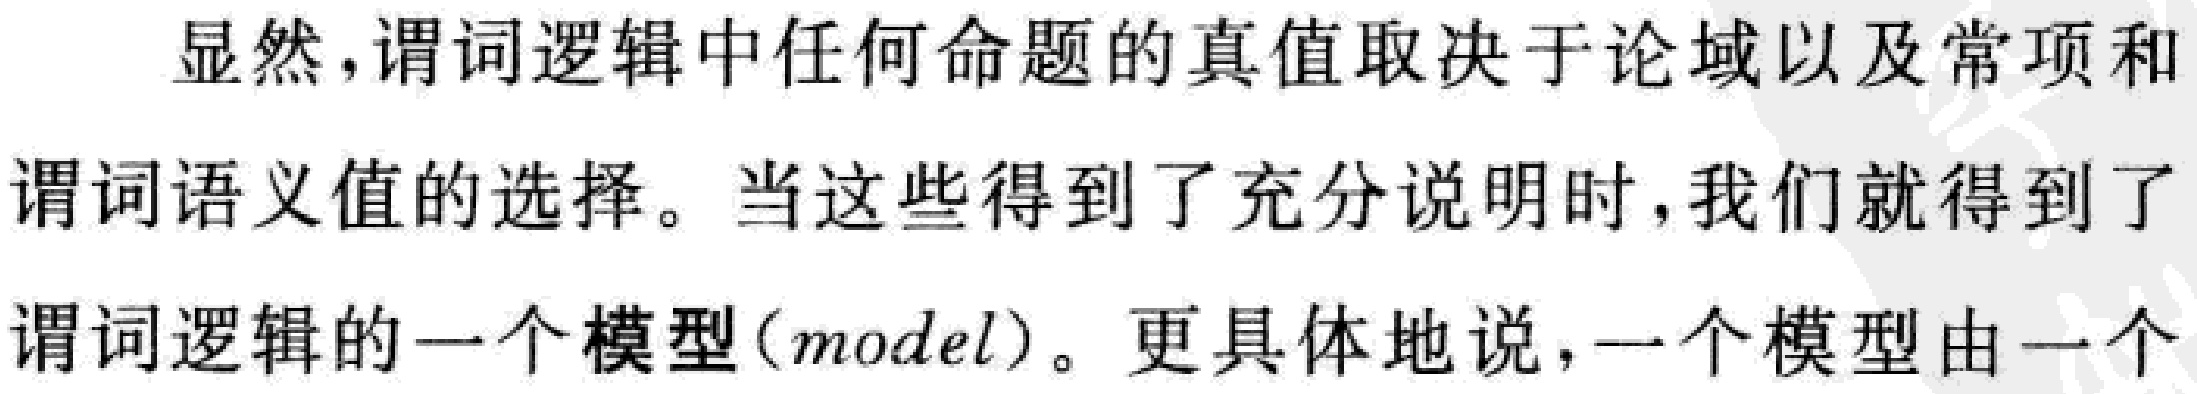
显然，谓词逻辑中任何命题的真值取决于论域以及常项和谓词语义值的选择。当这些得到了充分说明时，我们就得到了谓词逻辑的一个模型(\(model\))。更具体地说，一个模型由一个